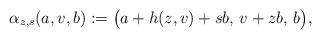
LaTeX: \begin{align*} \alpha_{z,s}(a, v, b) := \bigl( a + h(z,v) + sb,\, v+zb,\, b \bigr) , \end{align*}